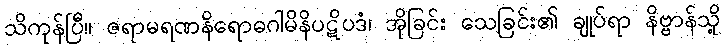
သိကုန်ပြီ။ ဇရာမရဏနိရောဓဂါမိနိပဋိပဒံ၊ အိုခြင်း သေခြင်း၏ ချုပ်ရာ နိဗ္ဗာန်သို့